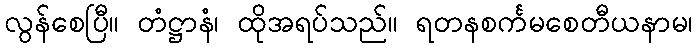
လွန်စေပြီ။ တံဋ္ဌာနံ၊ ထိုအရပ်သည်။ ရတနစင်္ကမစေတီယနာမ၊